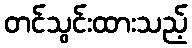
တင်သွင်းထားသည့်